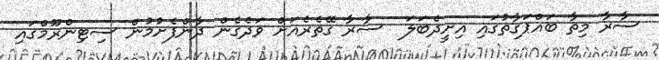
ސާރާ މިތާ ބައްޕަގާތުގައި އިށީދެބަލަ  ސާރާ ގޭތެރެއަށް ވަދެގެން ދާންފެށުމުން ސިޓިންރޫމްގައި